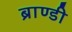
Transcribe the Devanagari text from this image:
ब्राण्डी